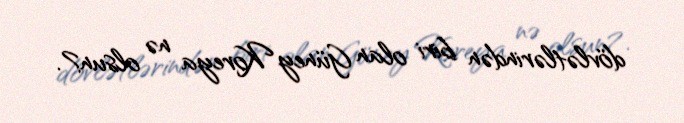
dövlətlərindən biri olan Güney Koreya nə olsun?.